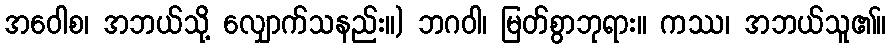
အဝေါစ၊ အဘယ်သို့ လျှောက်သနည်း။) ဘဂဝါ၊ မြတ်စွာဘုရား။ ကဿ၊ အဘယ်သူ၏။